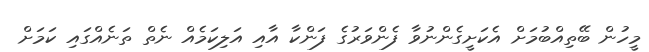
މީހުން ބޭތިއްބުމަށް އެކަށީގެންނުވާ ފެންވަރުގެ ފަންކާ އާއި އަލިކަމެއް ނެތް ތަނެއްގައި ކަމަށް